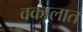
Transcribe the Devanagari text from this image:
वकालात